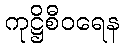
ကုဋ္ဌိစီဝရေန